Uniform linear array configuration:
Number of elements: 8
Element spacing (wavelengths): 0.5
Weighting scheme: hann
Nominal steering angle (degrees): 45
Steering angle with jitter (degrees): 44.444
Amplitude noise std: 0.05
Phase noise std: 0.05

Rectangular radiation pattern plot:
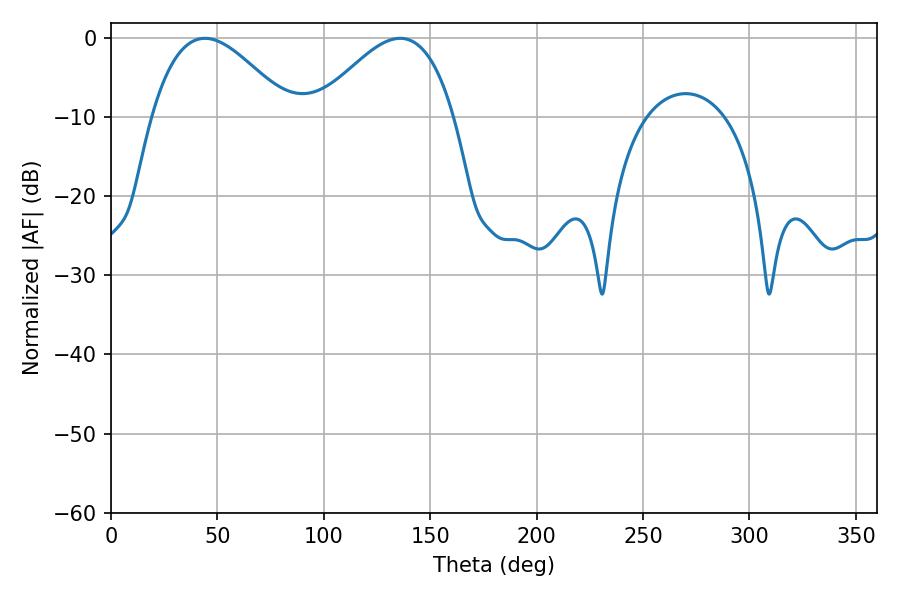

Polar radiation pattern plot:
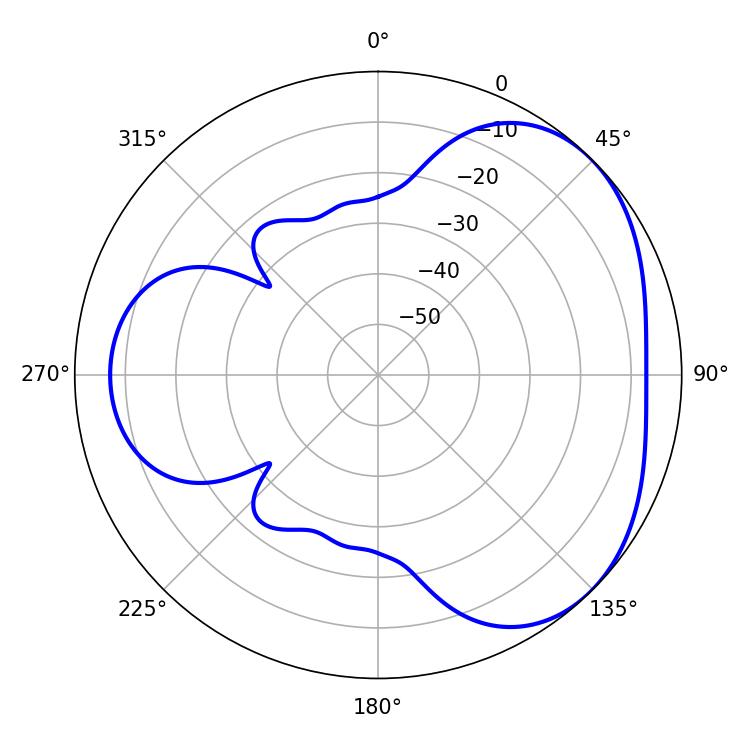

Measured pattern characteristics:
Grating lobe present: FALSE
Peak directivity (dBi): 3.6
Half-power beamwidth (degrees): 34.92
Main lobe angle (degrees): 44.1